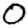
Digit: 0